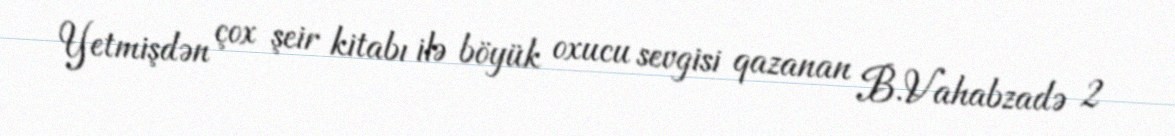
Yetmişdən çox şeir kitabı ilə böyük oxucu sevgisi qazanan B.Vahabzadə 2